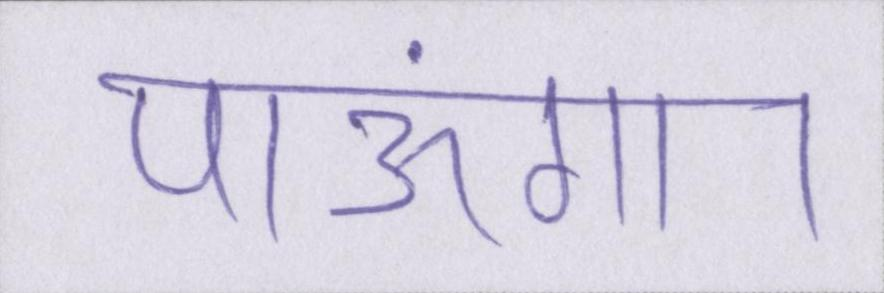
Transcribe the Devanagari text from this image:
पाऊंगा।